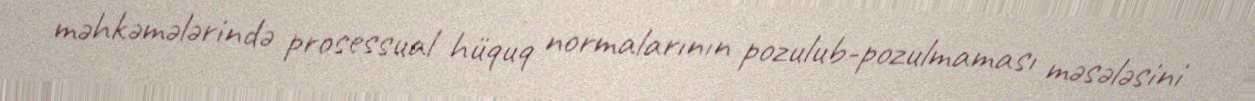
məhkəmələrində prosessual hüquq normalarının pozulub-pozulmaması məsələsini